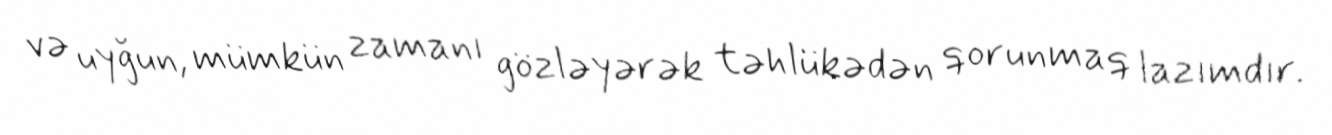
və uyğun, mümkün zamanı gözləyərək təhlükədən qorunmaq lazımdır.